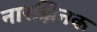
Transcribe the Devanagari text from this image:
नारझिनक